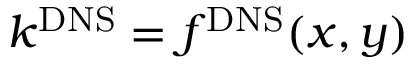
k ^ { \mathrm { D N S } } = f ^ { \mathrm { D N S } } ( x , y )